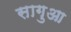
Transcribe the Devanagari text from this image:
सागुआ